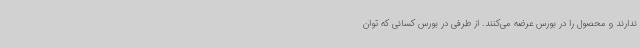
ندارند و محصول را در بورس عرضه می‌کنند. از طرفی در بورس کسانی که توان